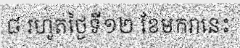
៨ រហូតថ្ងៃទី១២ ខែមករានេះ